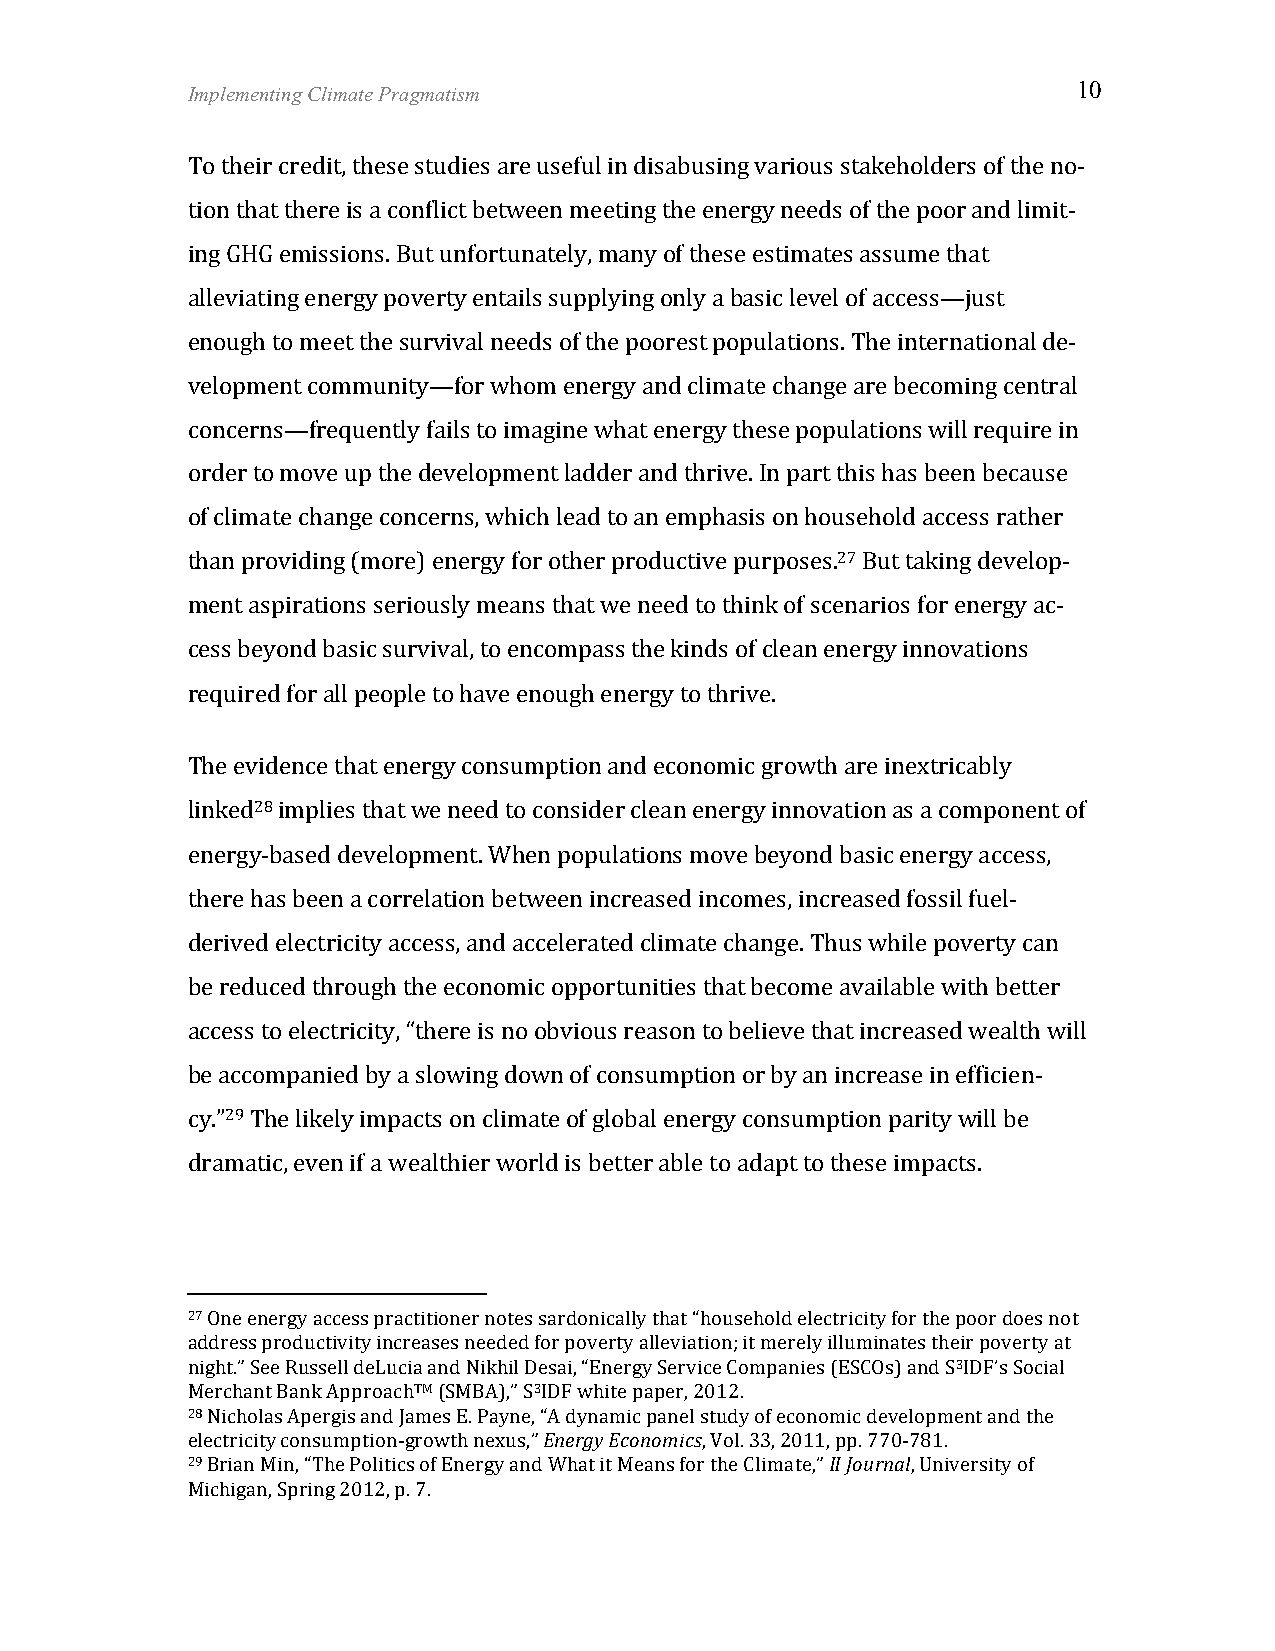
Implementing Climate Pragmatism                            10
 To their credit, these studies are useful in disabusing various stakeholders of the no-­‐
 tion that there is a conflict between meeting the energy needs of the poor and limit-­‐
 ing GHG emissions. But unfortunately, many of these estimates assume that
 alleviating energy poverty entails supplying only a basic level of access—just
 enough to meet the survival needs of the poorest populations. The international de-­‐
 velopment community—for whom energy and climate change are becoming central
 concerns—frequently fails to imagine what energy these populations will require in
 order to move up the development ladder and thrive. In part this has been because
 of climate change concerns, which lead to an emphasis on household access rather
 than providing (more) energy for other productive purposes.27 But taking develop-­‐
 ment aspirations seriously means that we need to think of scenarios for energy ac-­‐
 cess beyond basic survival, to encompass the kinds of clean energy innovations
 required for all people to have enough energy to thrive.
 The evidence that energy consumption and economic growth are inextricably
 linked28 implies that we need to consider clean energy innovation as a component of
 energy-­‐based development. When populations move beyond basic energy access,
 there has been a correlation between increased incomes, increased fossil fuel-­‐
 derived electricity access, and accelerated climate change. Thus while poverty can
 be reduced through the economic opportunities that become available with better
 access to electricity, “there is no obvious reason to believe that increased wealth will
 be accompanied by a slowing down of consumption or by an increase in efficien-­‐
 cy.”29 The likely impacts on climate of global energy consumption parity will be
 dramatic, even if a wealthier world is better able to adapt to these impacts.
 27 One energy access practitioner notes sardonically that “household electricity for the poor does not
 address productivity increases needed for poverty alleviation; it merely illuminates their poverty at
 night.” See Russell deLucia and Nikhil Desai, “Energy Service Companies (ESCOs) and S3IDF’s Social
 Merchant Bank ApproachTM (SMBA),” S3IDF white paper, 2012.
 28 Nicholas Apergis and James E. Payne, “A dynamic panel study of economic development and the
 electricity consumption-­‐growth nexus,” Energy Economics, Vol. 33, 2011, pp. 770-­‐781.
 29 Brian Min, “The Politics of Energy and What it Means for the Climate,” II Journal, University of
 Michigan, Spring 2012, p. 7.